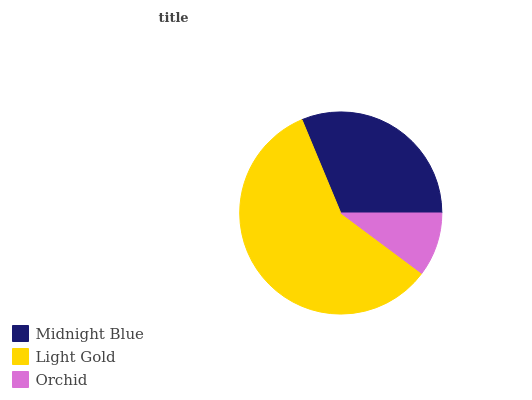
| Midnight Blue | Light Gold | Orchid |
 | --- | --- | --- |
 | 31.2% | 58.6% | 10.2% |